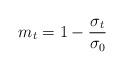
LaTeX: \begin{align*} m_t = 1 - \frac{\sigma_t}{\sigma_0}\end{align*}